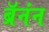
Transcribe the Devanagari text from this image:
ब्रॅनंन